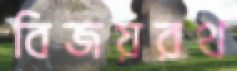
বিজয়রথ